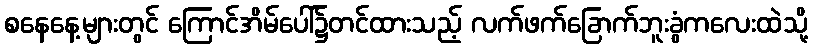
စနေနေ့များတွင် ကြောင်အိမ်ပေါ်၌တင်ထားသည့် လက်ဖက်ခြောက်ဘူးခွံကလေးထဲသို့